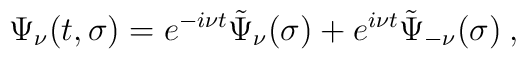
\Psi_\nu(t,\sigma) =e^{-i\nu t} \tilde\Psi_\nu(\sigma)+ e^{i\nu t} \tilde\Psi_{-\nu}(\sigma)\> ,